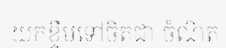
យកខ្ទឹមទៅចិតជា ចំណិត